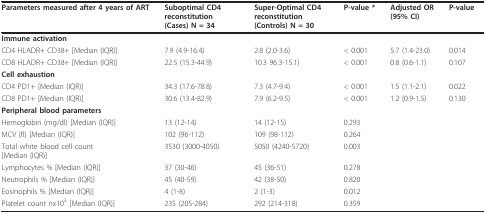
| Parameters measured after 4 years of ART | Suboptimal CD4 reconstitution (Cases) N = 34 | Super-Optimal CD4 reconstitution (Controls) N = 30 | P-value * | Adjusted OR(95% CI) | P-value |
 | --- | --- | --- | --- | --- | --- |
 | Immune activation |  |  |  |  |  |
 | CD4 HLADR+ CD38+ [Median (IQR)] | 7.9 (4.9-16.4) | 2.8 (2.0-3.6) | < 0.001 | 5.7 (1.4-23.0) | 0.014 |
 | CD8 HLADR+ CD38+ [Median (IQR)] | 22.5 (15.3-44.9) | 10.3 96.3-15.1) | < 0.001 | 0.8 (0.6-1.1) | 0.107 |
 | Cell exhaustion |  |  |  |  |  |
 | CD4 PD1+ [Median (IQR)] | 34.3 (17.6-78.8) | 7.3 (4.7-9.4) | < 0.001 | 1.5 (1.1-2.1) | 0.022 |
 | CD8 PD1+ [Median (IQR)] | 30.6 (13.4-82.9) | 7.9 (6.2-9.5) | < 0.001 | 1.2 (0.9-1.5) | 0.130 |
 | Peripheral blood parameters |  |  |  |  |  |
 | Hemoglobin (mg/dl) [Median (IQR)] | 13 (12-14) | 14 (12-15) | 0.293 |  |  |
 | MCV (fl) [Median (IQR)] | 102 (96-112) | 109 (98-112) | 0.264 |  |  |
 | Total white blood cell count[Median (IQR)] | 3530 (3000-4050) | 5050 (4240-5720) | 0.003 |  |  |
 | Lymphocytes % [Median (IQR)] | 37 (30-46) | 45 (36-51) | 0.278 |  |  |
 | Neutrophils % [Median (IQR)] | 45 (40-59) | 42 (38-50) | 0.820 |  |  |
 | Eosinophils % [Median (IQR)] | 4 (1-8) | 2 (1-3) | 0.012 |  |  |
 | Platelet count nx103 [Median (IQR)] | 235 (205-284) | 292 (214-318) | 0.359 |  |  |